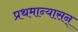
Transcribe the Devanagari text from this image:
प्रथमान्यासन्